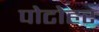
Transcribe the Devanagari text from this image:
पोटोहर